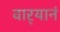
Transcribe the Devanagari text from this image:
वार्‍यानं